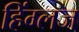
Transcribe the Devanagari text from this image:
हिंग्लज